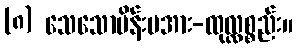
(၈) သေသောမိန်းမအား-ထုလ္လစ္စည်း။